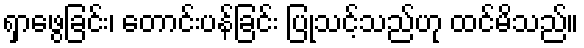
ရှာဖွေခြင်း၊ တောင်းပန်ခြင်း ပြုသင့်သည်ဟု ထင်မိသည်။